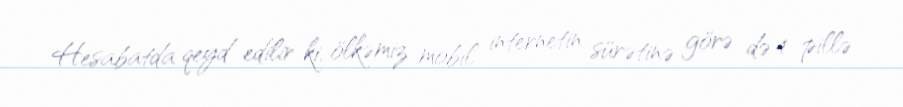
Hesabatda qeyd edilir ki, ölkəmiz mobil internetin sürətinə görə də 4 pillə